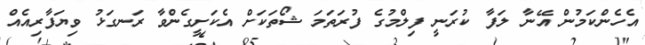
އެހެންކަމުން އޭނާ ލަފާ ކުރަނީ ފިލްމުގެ ފުރަތަމަ ޝޯތަކަށް އެކަށީގެންވާ ރަނގަޅު ވިޔަފާރިއެއް